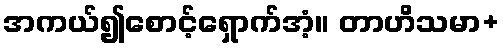
အကယ်၍စောင့်ရှောက်အံ့။ တာဟိသမာ+